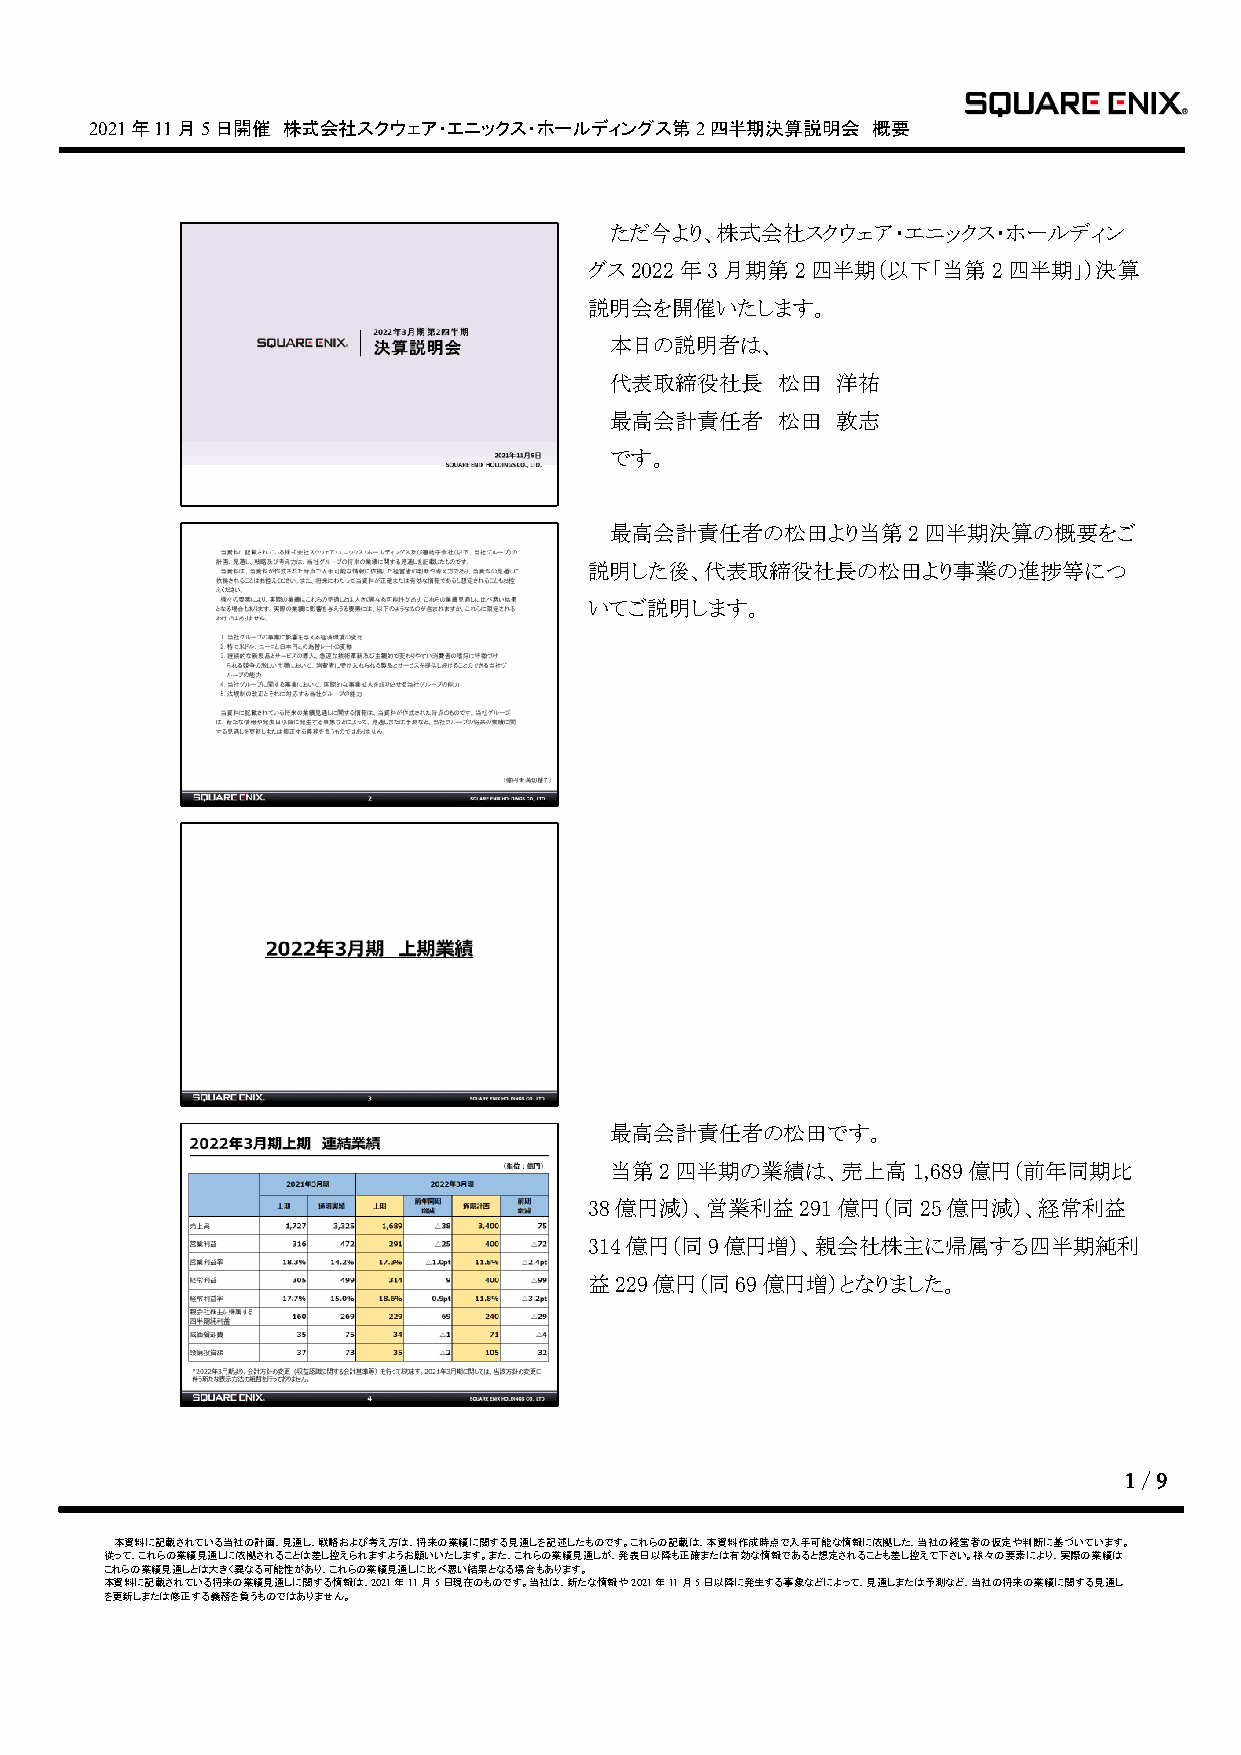
2021年11月5日開催 株式会社スクウェア・エニックス・ホールディングス第2四半期決算説明会     概要
 ただ今より、株式会社スクウェア・エニックス・ホールディン
 グス2022年3月期第2四半期（以下「当第2四半期」）決算
 説明会を開催いたします。
 本日の説明者は、
 代表取締役社長    松田  洋祐
 最高会計責任者    松田  敦志
 です。
 最高会計責任者の松田より当第2四半期決算の概要をご
 説明した後、代表取締役社長の松田より事業の進捗等につ
 いてご説明します。
 最高会計責任者の松田です。
 当第2四半期の業績は、売上高1,689億円（前年同期比
 38億円減）、営業利益291億円（同25億円減）、経常利益
 314億円（同9億円増）、親会社株主に帰属する四半期純利
 益229億円（同69億円増）となりました。
 1 / 9
 本資料に記載されている当社の計画、見通し、戦略および考え方は、将来の業績に関する見通しを記述したものです。これらの記載は、本資料作成時点で入手可能な情報に依拠した、当社の経営者の仮定や判断に基づいています。
 従って、これらの業績見通しに依拠されることは差し控えられますようお願いいたします。また、これらの業績見通しが、発表日以降も正確または有効な情報であると想定されることも差し控えて下さい。様々の要素により、実際の業績は
 これらの業績見通しとは大きく異なる可能性があり、これらの業績見通しに比べ悪い結果となる場合もあります。
 本資料に記載されている将来の業績見通しに関する情報は、2021年11月5日現在のものです。当社は、新たな情報や2021年11月5日以降に発生する事象などによって、見通しまたは予測など、当社の将来の業績に関する見通し
 を更新しまたは修正する義務を負うものではありません。